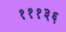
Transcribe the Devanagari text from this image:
१११३६